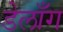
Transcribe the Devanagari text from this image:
डेलाँग